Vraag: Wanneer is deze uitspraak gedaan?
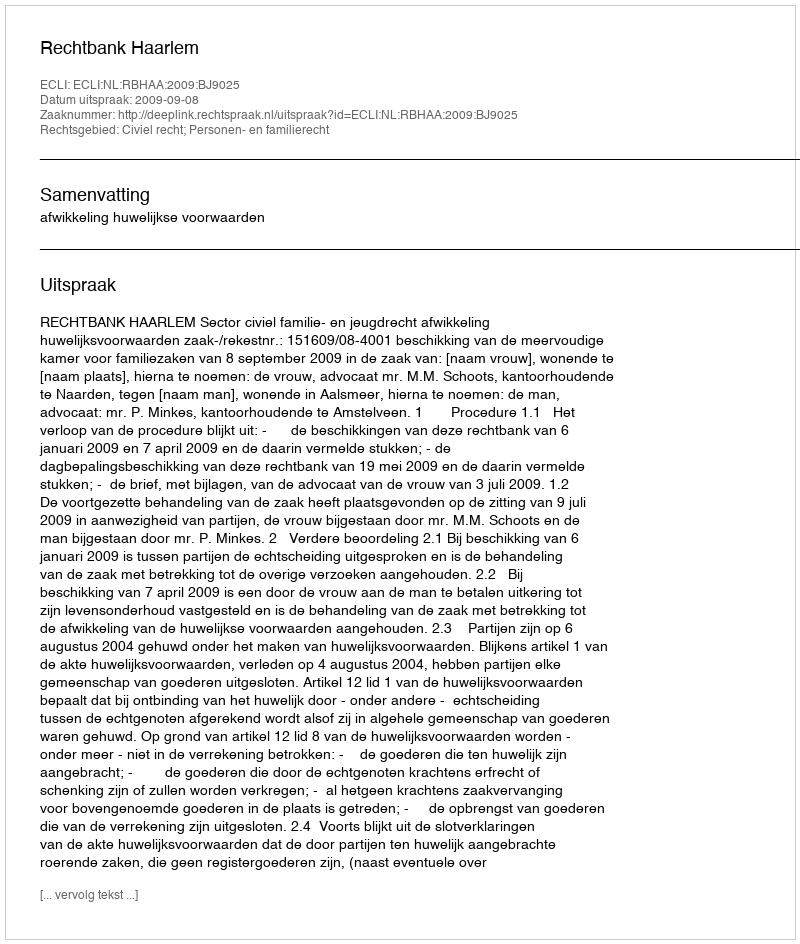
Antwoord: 2009-09-08